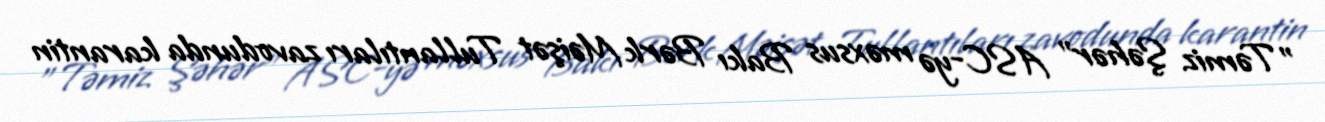
"Təmiz Şəhər" ASC-yə məxsus Bakı Bərk Məişət Tullantıları zavodunda karantin